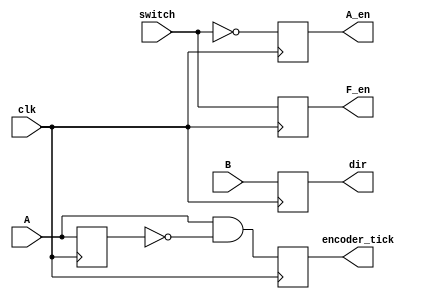
module motorSpeed(A, B, clk, switch, encoder_tick, dir, F_en, A_en);


input A, B, clk, switch;
reg aOld;
output reg encoder_tick, dir, F_en, A_en;

always @(posedge clk)
	begin
		encoder_tick <= A&~aOld;
		dir <= B;
		F_en <= switch;
		A_en <= ~switch;
		aOld <= A;
	end
	
endmodule